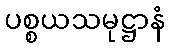
ပစ္စယသမုဋ္ဌာနံ